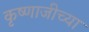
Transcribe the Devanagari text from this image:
कृष्णाजीच्या